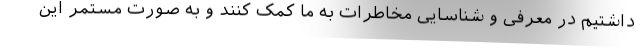
داشتیم در معرفی و شناسایی مخاطرات به ما کمک کنند و به صورت مستمر این